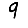
Digit: 9